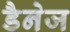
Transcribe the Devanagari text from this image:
डैनेज